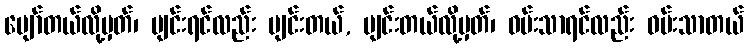
ပျော်တယ်လို့မှတ်၊ ပျင်းရင်လည်း ပျင်းတယ်, ပျင်းတယ်လို့မှတ်၊ ဝမ်းသာရင်လည်း ဝမ်းသာတယ်